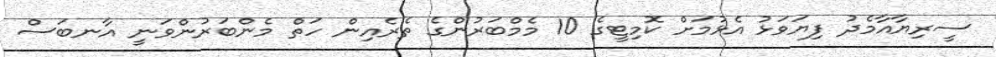
ސީރިޔާއާމެދު ފިޔަވަޅު އެޅުމަށް ކޮމިޓީގެ 10 މެމްބަރުންގެ ތެރެއިން ހަތް މެންބަރުންވަނީ އާނބަސް